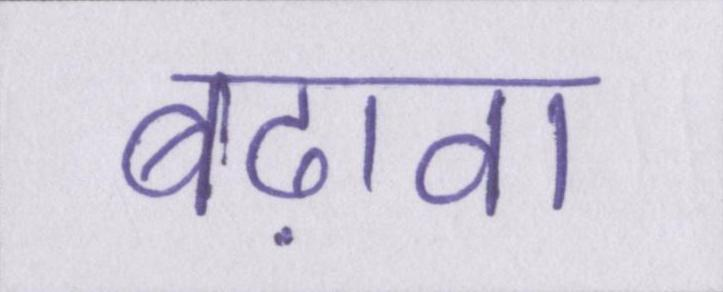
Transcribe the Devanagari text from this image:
बढ़ावा